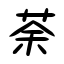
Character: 荼